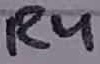
Text: R4